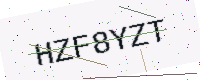
Text: HZF8YZT